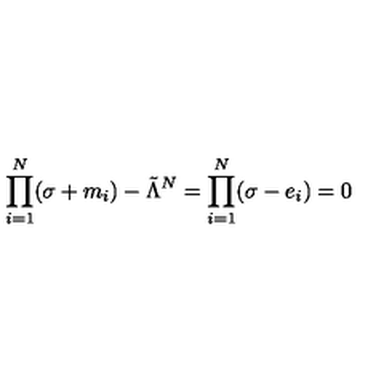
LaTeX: \prod _ { i = 1 } ^ { N } ( \sigma + m _ { i } ) - \tilde { \Lambda } ^ { N } = \prod _ { i = 1 } ^ { N } ( \sigma - e _ { i } ) = 0